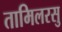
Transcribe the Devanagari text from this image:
तामिलरसु